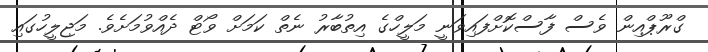
ގްރޫޕްއިން ވެސް ފާސްކޮށްފައިވަނީ މަލީހްގެ އިތުބާރު ނެތް ކަމަށް ވޯޓް ދެއްވުމަށެވެ. މަޖިލީހުގައި